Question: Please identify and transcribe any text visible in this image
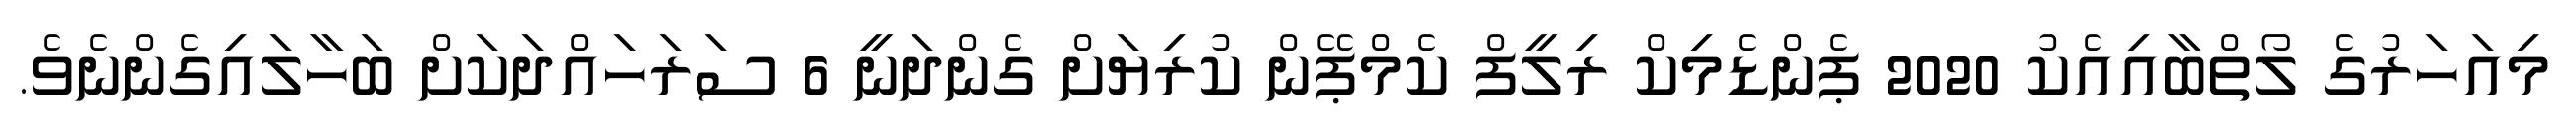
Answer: މިއަހަރުގެ ލޯތްބާއިއެކު 2020 ޕެންޑެމިކް ރިލީފް ކެމްޕޭން ކުރިޔަށް ގެންދަނީ 6 ސަރަހައްދަކަށް ބަހާލައިގެންނެވެ.